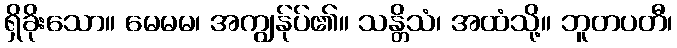
ရှိခိုးသော။ မေမမ၊ အကျွန်ုပ်၏။ သန္တိသံ၊ အထံသို့။ ဘူတပတီ၊